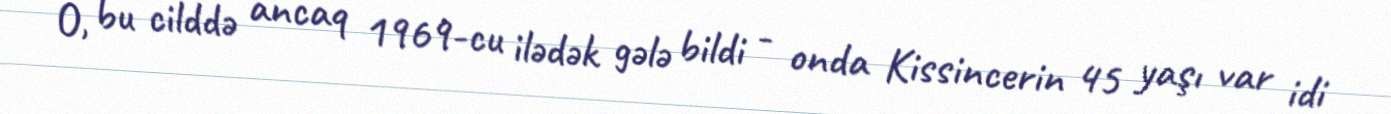
O, bu cilddə ancaq 1969-cu ilədək gələ bildi - onda Kissincerin 45 yaşı var idi